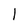
Character: l